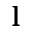
\mathbf { l }